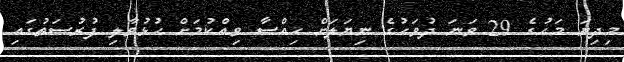
މިދިޔަ މަހުގެ 29 ވަނަ ދުވަހުގެ ނިޔަލަށް ހިއްސާ ވިއްކުމަށް ހުޅުވާލި ފުރުސަތުގައި